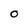
Character: O